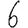
Digit: 6